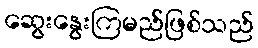
ဆွေးနွေးကြမည်ဖြစ်သည်